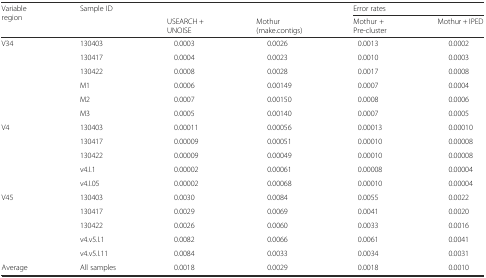
<table><thead><tr><td rowspan="2"><b>Variable region</b></td><td rowspan="2"><b>Sample ID</b></td><td></td><td></td><td colspan="2"><b>Error rates</b></td></tr><tr><td><b>USEARCH + UNOISE</b></td><td><b>Mothur (make.contigs)</b></td><td><b>Mothur +Pre-cluster</b></td><td><b>Mothur + IPED</b></td></tr></thead><tbody><tr><td rowspan="6">V34</td><td>130403</td><td>0.0003</td><td>0.0026</td><td>0.0013</td><td>0.0002</td></tr><tr><td>130417</td><td>0.0004</td><td>0.0023</td><td>0.0010</td><td>0.0003</td></tr><tr><td>130422</td><td>0.0008</td><td>0.0028</td><td>0.0017</td><td>0.0008</td></tr><tr><td>M1</td><td>0.0006</td><td>0.00149</td><td>0.0007</td><td>0.0004</td></tr><tr><td>M2</td><td>0.0007</td><td>0.00150</td><td>0.0008</td><td>0.0006</td></tr><tr><td>M3</td><td>0.0005</td><td>0.00140</td><td>0.0007</td><td>0.0005</td></tr><tr><td rowspan="5">V4</td><td>130403</td><td>0.00011</td><td>0.00056</td><td>0.00013</td><td>0.00010</td></tr><tr><td>130417</td><td>0.00009</td><td>0.00051</td><td>0.00010</td><td>0.00008</td></tr><tr><td>130422</td><td>0.00009</td><td>0.00049</td><td>0.00010</td><td>0.00008</td></tr><tr><td>v4.I.1</td><td>0.00002</td><td>0.00061</td><td>0.00008</td><td>0.00004</td></tr><tr><td>v4.I.05</td><td>0.00002</td><td>0.00068</td><td>0.00010</td><td>0.00004</td></tr><tr><td rowspan="5">V45</td><td>130403</td><td>0.0030</td><td>0.0084</td><td>0.0055</td><td>0.0022</td></tr><tr><td>130417</td><td>0.0029</td><td>0.0069</td><td>0.0041</td><td>0.0020</td></tr><tr><td>130422</td><td>0.0026</td><td>0.0060</td><td>0.0033</td><td>0.0016</td></tr><tr><td>v4.v5.I.1</td><td>0.0082</td><td>0.0066</td><td>0.0061</td><td>0.0041</td></tr><tr><td>v4.v5.I.11</td><td>0.0084</td><td>0.0033</td><td>0.0034</td><td>0.0031</td></tr><tr><td>Average</td><td>All samples</td><td>0.0018</td><td>0.0029</td><td>0.0018</td><td>0.0010</td></tr></tbody></table>